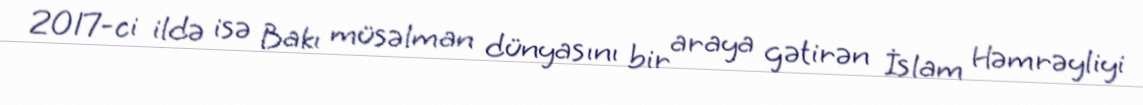
2017-ci ildə isə Bakı müsəlman dünyasını bir araya gətirən İslam Həmrəyliyi